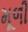
મૂળી